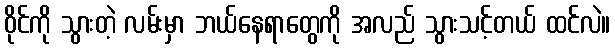
ဝိုင်ကို သွားတဲ့ လမ်းမှာ ဘယ်နေရာတွေကို အလည် သွားသင့်တယ် ထင်လဲ။